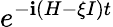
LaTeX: e^{-\mathbf{i}(H-\xi I)t}